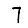
Digit: 7